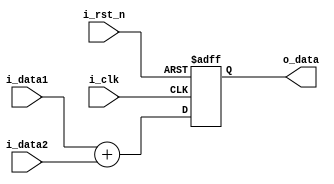
module Adder #(
    parameter DATA_W = 64
)(
    input                     i_clk,
    input                     i_rst_n,
    input  [ DATA_W - 1 : 0 ] i_data2,
    input  [ DATA_W - 1 : 0 ] i_data1,
    output [ DATA_W - 1 : 0 ] o_data
);

reg [ DATA_W - 1 : 0 ] o_data_r, o_data_w;

assign o_data = o_data_r;

always @(*) begin
    o_data_w = i_data1 + i_data2;
end

always @(posedge i_clk or negedge i_rst_n) begin
    if (!i_rst_n) begin
        o_data_r <= 0;
    end else begin
        o_data_r <= o_data_w;
    end
end

endmodule